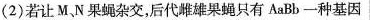
(2)若让M.N果蝇杂交，后代雌雄果蝇只有AaBb一种基因